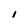
Character: 1